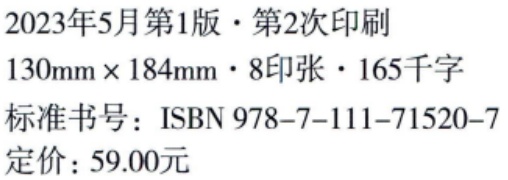
2023年5月第1版·第2次印刷

130mm×184mm·8印张·165千字

标准书号：ISBN 978-7-111-71520-7

定价：59.00元